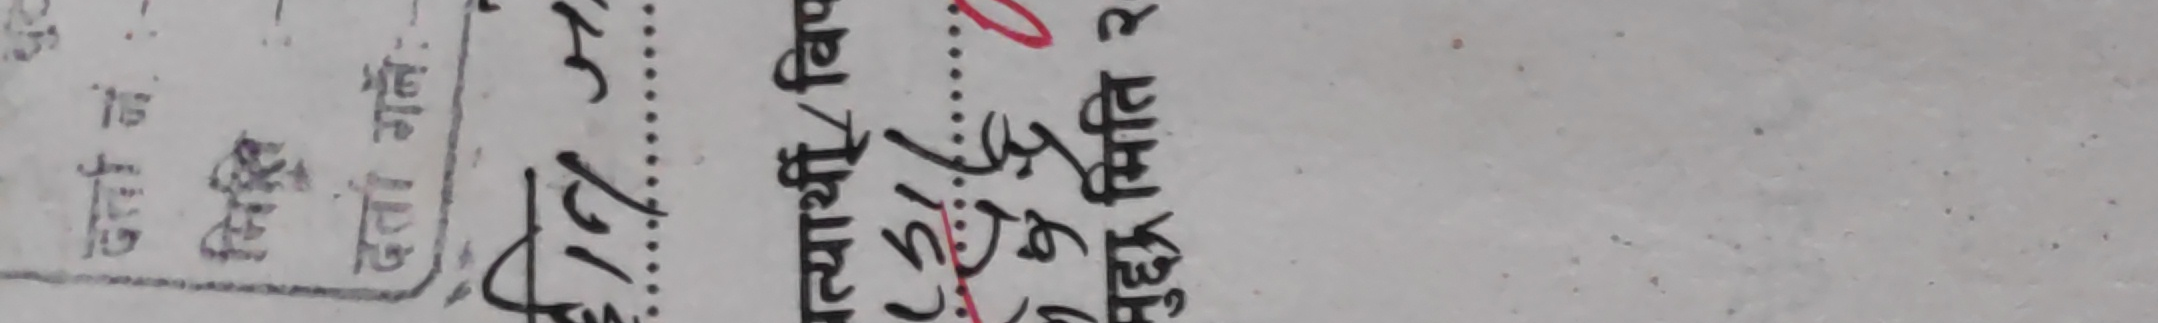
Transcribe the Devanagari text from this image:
१५
१६
बज
तोल
प्रती
४२४
५४५
शुल्क
रु